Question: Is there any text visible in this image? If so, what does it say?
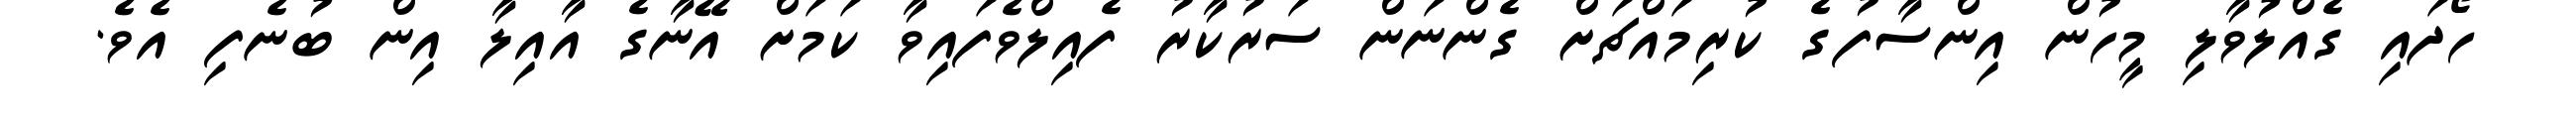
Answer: ހޯދައި ގެއްލުވާލި މީހުން އިންސާފުގެ ކުރިމައްޗަށް ގެންނަން ސަރުކާރު ފެއިލްވެފައިވާ ކަމަށް އޭނާގެ އާއިލާ އިން ބުނެފި އެވެ.